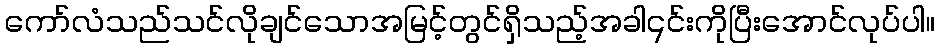
ကော်လံသည်သင်လိုချင်သောအမြင့်တွင်ရှိသည့်အခါ၎င်းကိုပြီးအောင်လုပ်ပါ။